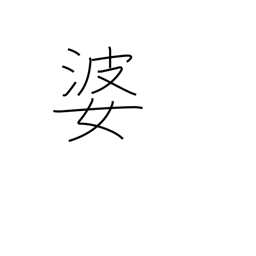
Meaning: grandma